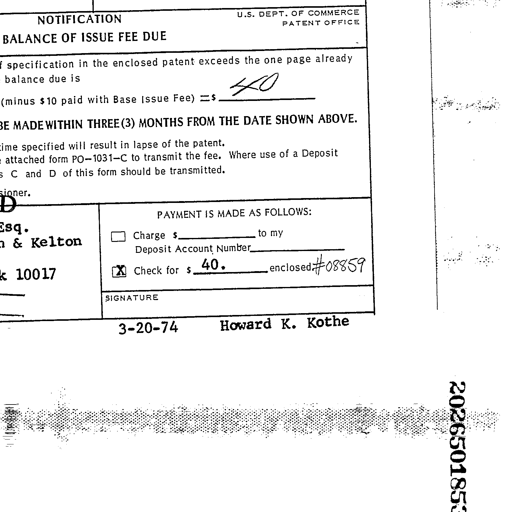
Transcript:
NOTIFICATION
U.S. DEPT. OF COMMERCE
PATENT OFFICE
BALANCE OF ISSUE FEE DUE
specification in the enclosed patent exceeds the one page already
balance due is 40
(minus $10 paid with Base Issue Fee) =$ 40
BE MADE WITHIN THREE (3) MONTHS FROM THE DATE SHOWN ABOVE.
time specified will result in lapse of the patent.
attached form PO-1031-C to transmit the fee. Where use of a Deposit
C and D of this form should be transmitted.
PAYMENT IS MADE AS FOLLOWS:
Charge $ ________________ to my
Deposit Account Number ________________
[X] Check for $ 40. enclosed #08859
SIGNATURE
3-20-74
Howard K. Kothe
Esq.
& Kelton
10017
2026501853